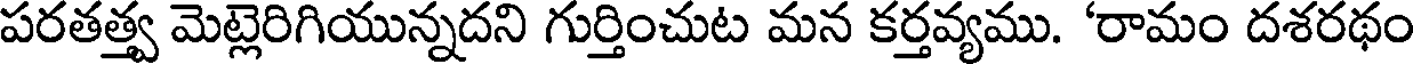
పరతత్త్వ మెట్లెరిగియున్నదని గుర్తించుట మన కర్తవ్యము. 'రామం దశరథం